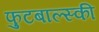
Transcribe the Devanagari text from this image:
फुटबाल्स्की